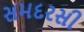
સમદરસી